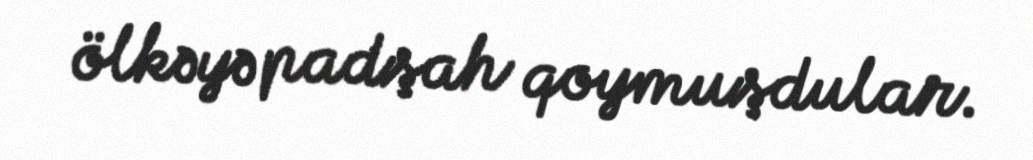
ölkəyə padşah qoymuşdular.